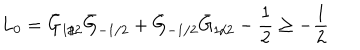
LaTeX: L _ { 0 } = \bar { G } _ { 1 / 2 } \bar { G } _ { - 1 / 2 } + \bar { G } _ { - 1 / 2 } \bar { G } _ { 1 / 2 } - \frac { 1 } { 2 } \geq - \frac { 1 } { 2 }